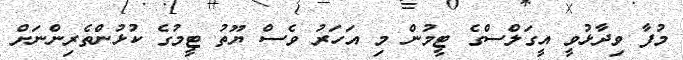
މުފާ ވިދާޅުވީ އީގަލްސްގެ ޓީމުން މި އަހަރު ވެސް ޔޫތު ޓީމުގެ ކުޅުންތެރިންނަށް